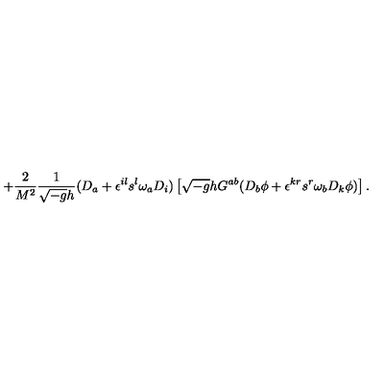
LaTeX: + \frac { 2 } { M ^ { 2 } } \frac { 1 } { \sqrt { - g } h } ( D _ { a } + \epsilon ^ { i l } s ^ { l } \omega _ { a } D _ { i } ) \left[ \sqrt { - g } h G ^ { a b } ( D _ { b } \phi + \epsilon ^ { k r } s ^ { r } \omega _ { b } D _ { k } \phi ) \right] .